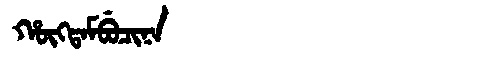
Manchu: ᡥᡡᡴᡨᠠᠮᠪᡠᠴᡳᠨᠠ
Romanization: HŪKTAMBUCINA